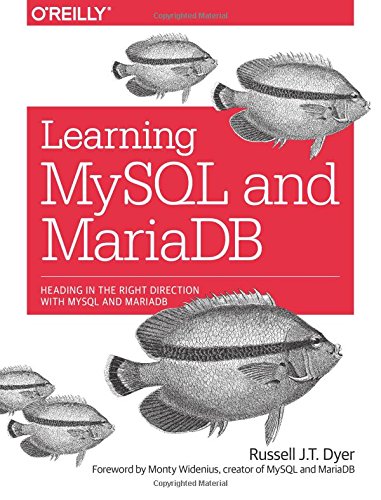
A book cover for Learning MySQL and MariaDB: Heading in the Right Direction with MySQL and MariaDB; Russell J. T. Dyer; Computers & Technology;